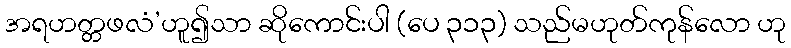
အရဟတ္တဖလံ’ဟူ၍သာ ဆိုကောင်းပါ (ပေ ၃၁၃) သည်မဟုတ်ကုန်လော ဟု